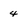
Character: 4